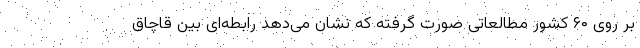
بر روی ۶۰ کشور مطالعاتی صورت گرفته که نشان می‌دهد رابطه‌ای بین قاچاق